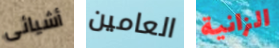
أشيائى العامين الزانية